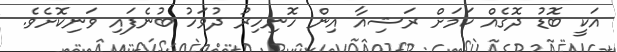
އަކީ ބޮޑު ދޮގެއް ކަމަށް ރަޝިއާ އިން ހޮނިހިރު ދުވަހު ބުނެފައި ވަނިކޮށެވެ.